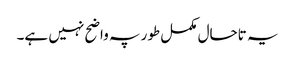
یہ تاحال مکمل طور پہ واضح نہیں ہے۔